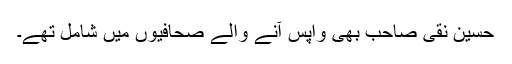
حسین نقی صاحب بھی واپس آنے والے صحافیوں میں شامل تھے۔